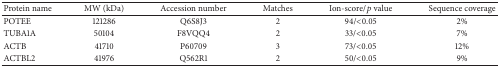
| Protein name | MW (kDa) | Accession number | Matches | Ion-score/p value | Sequence coverage |
 | --- | --- | --- | --- | --- | --- |
 | POTEE | 121286 | Q6S8J3 | 2 | 94/<0.05 | 2% |
 | TUBA1A | 50104 | F8VQQ4 | 2 | 33/<0.05 | 7% |
 | ACTB | 41710 | P60709 | 3 | 73/<0.05 | 12% |
 | ACTBL2 | 41976 | Q562R1 | 2 | 50/<0.05 | 9% |